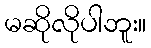
မဆိုလိုပါဘူး။